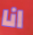
انا